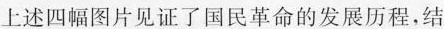
上述四幅图片见证了国民革命的发展历程，结